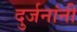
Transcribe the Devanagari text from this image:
दुर्जनांनी